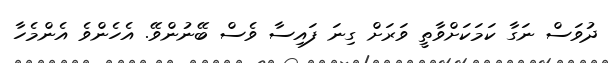
ދުވަސް ނަގާ ކަމަކަށްވާތީ ވަރަށް ގިނަ ފައިސާ ވެސް ބޭނުންވޭ. އެހެންވެ އެންމެހާ